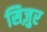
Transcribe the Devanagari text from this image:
सिज़ुर